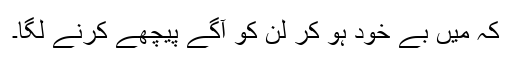
کہ میں بے خود ہو کر لن کو آگے پیچھے کرنے لگا۔